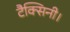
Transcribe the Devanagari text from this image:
टैक्सिनी।